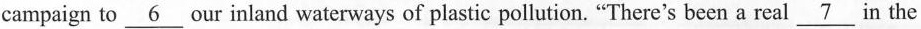
campaign to \underline{6} our inland waterways of plastic pollution. “There's been a real \underline{7} in the